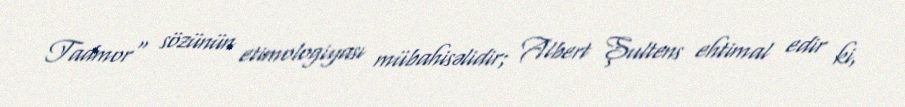
Tadmor" sözünün etimologiyası mübahisəlidir; Albert Şultens ehtimal edir ki,